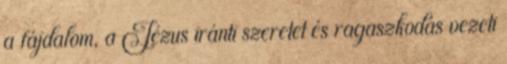
a fájdalom, a Jézus iránti szeretet és ragaszkodás vezeti